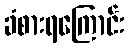
ခံစားရကြောင်း